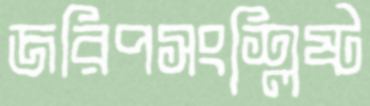
জরিপসংশ্লিষ্ট